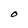
Character: O